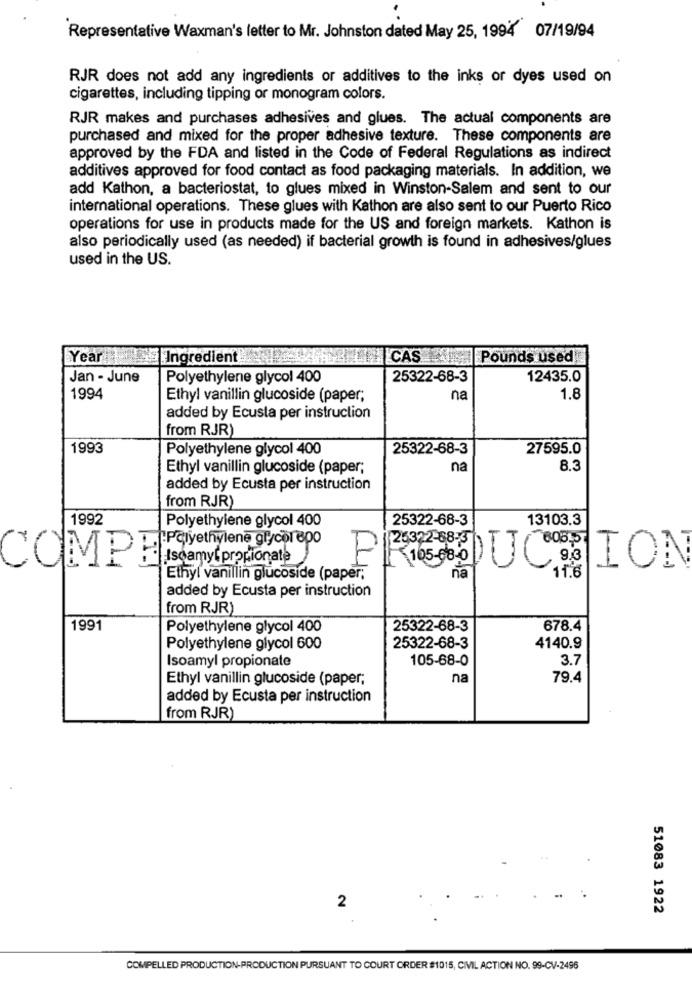
Representative Waxman's letter to Mr. Johnston dated May 25, 1994 07/19/94
RJR does not add any ingredients or additives to the inks or dyes used on
cigarettes, including tipping or monogram colors.
RJR makes and purchases adhesives and glues. The actual components are
purchased and mixed for the proper adhesive texture. These components are
approved by the FDA and listed in the Code of Federal Regulations as indirect
additives approved for food contact as food packaging materials. In addition, we
add Kathon, a bacteriostat, to glues mixed in Winston-Salem and sent to our
international operations. These glues with Kathon are also sent to our Puerto Rico
operations for use in products made for the US and foreign markets. Kathon is
also periodically used (as needed) if bacterial growth is found in adhesives/glues
used in the US.
Year
Ingredient
CAS
Pounds used
Jan - June
Polyethylene glycol 400
25322-68-3
12435.0
1994
Ethyl vanillin glucoside (paper;
na
1.8
added by Ecusta per instruction
from RJR)
1993
Polyethylene glycol 400
25322-68-3
27595.0
Ethyl vanillin glucoside (paper;
na
8.3
added by Ecusta per instruction
from RJR)
1992
Polyethylene glycol 400
25322-68-3
13103.3
-Polyethylene glycol apo
25322-88-3
COMPE
Isoamyt propionate
P
105-08-0
LION
Ethyl vanillin glucoside (paper;
na
11.6
added by Ecusta per instruction
from RJR)
1991
Polyethylene glycol 400
25322-68-3
678.4
Polyethylene glycol 600
25322-68-3
4140.9
Isoamyl propionate
105-68-0
3.7
Ethyl vanillin glucoside (paper;
na
79.4
added by Ecusta per instruction
from RJR
2
51083 1922
COMPELLED PRODUCTION-PRODUCTION PURSUANT TO COURT ORDER $1015, CIVIL ACTION NO. 99-CV-2496